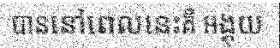
បាននៅពេលនេះគឺ អង្គុយ